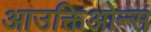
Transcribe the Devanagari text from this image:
आउक्तिओन्स